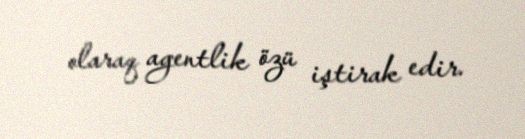
olaraq agentlik özü iştirak edir.